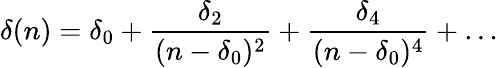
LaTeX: \delta(n)=\delta_{0}+\frac{\delta_{2}}{(n-\delta_{0})^{2}}+\frac{\delta_{4}}{(n-\delta_{0})^{4}}+\ldots